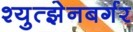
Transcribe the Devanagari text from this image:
श्युत्झेनबर्गर